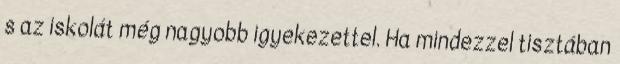
s az iskolát még nagyobb igyekezettel. Ha mindezzel tisztában